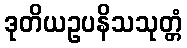
ဒုတိယဥပနိသသုတ္တံ